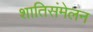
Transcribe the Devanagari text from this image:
शातिसंमेलन